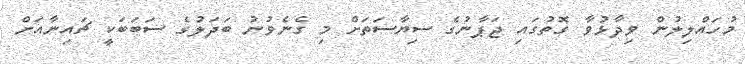
މުހައްލިލުން ވިދާޅުވާ ގޮތުގައި ޖަޕާނުގެ ސިޔާސަތަށް މި ގެނެވުނު ބަދަލުގެ ސަބަބަކީ ޗައިނާއަށް